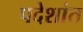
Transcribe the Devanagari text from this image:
पदेशांत